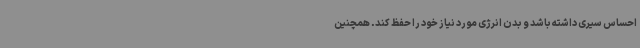
احساس سیری داشته باشد و بدن انرژی مورد نیاز خود را حفظ کند. همچنین